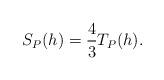
LaTeX: \begin{align*} S_P(h)=\frac{4}{3}T_P(h). \end{align*}